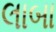
લાબા